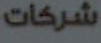
شركات